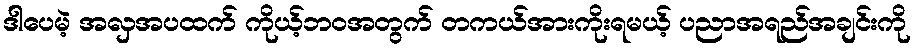
ဒါပေမဲ့ အလှအပထက် ကိုယ့်ဘဝအတွက် တကယ်အားကိုးရမယ့် ပညာအရည်အချင်းကို